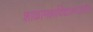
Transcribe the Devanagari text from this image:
शाळामहाविद्यालयांतील